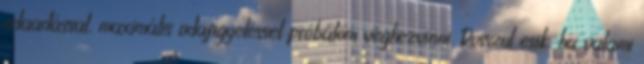
odaadással, maximális odafigyeléssel próbálom véghezvinni. Rosszul esik, ha valami